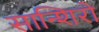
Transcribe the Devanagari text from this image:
सान्शिरो